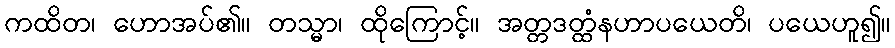
ကထိတ၊ ဟောအပ်၏။ တသ္မာ၊ ထိုကြောင့်။ အတ္တဒတ္ထံနဟာပယေတိ၊ ပယေဟူ၍။